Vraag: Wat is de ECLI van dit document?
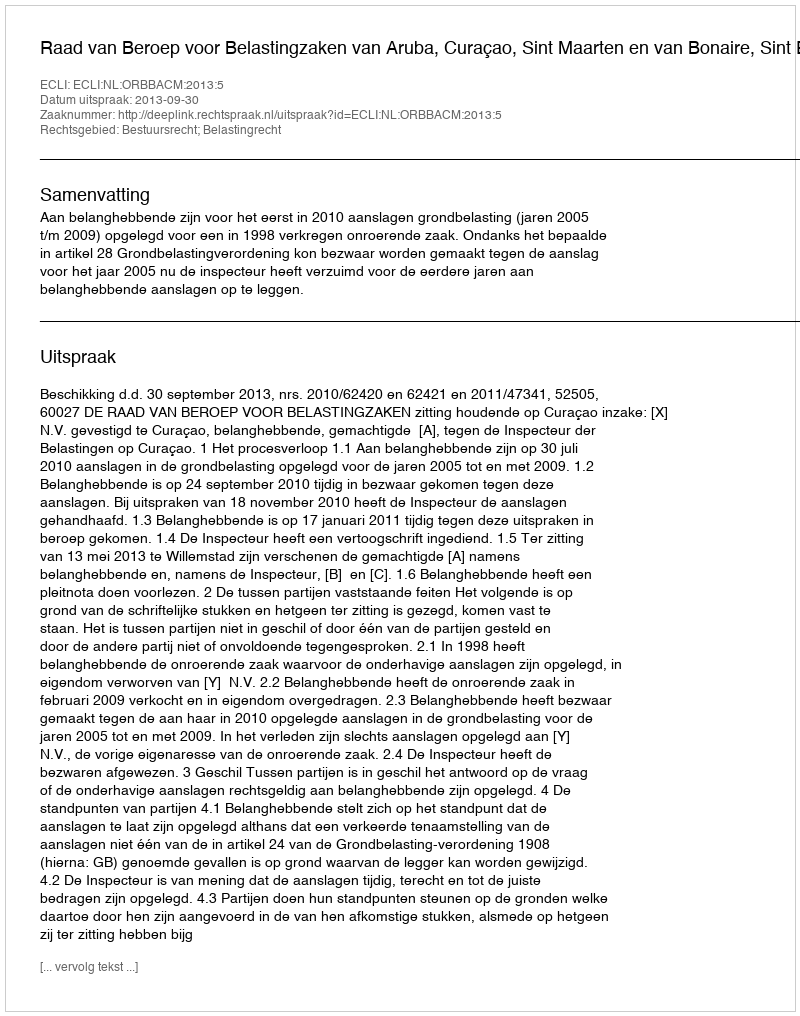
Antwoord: ECLI:NL:ORBBACM:2013:5